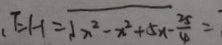
E H = \sqrt { x ^ { 2 } - x ^ { 2 } + 5 x - \frac { 2 5 } { 4 } } =